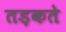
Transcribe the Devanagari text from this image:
तड़कते